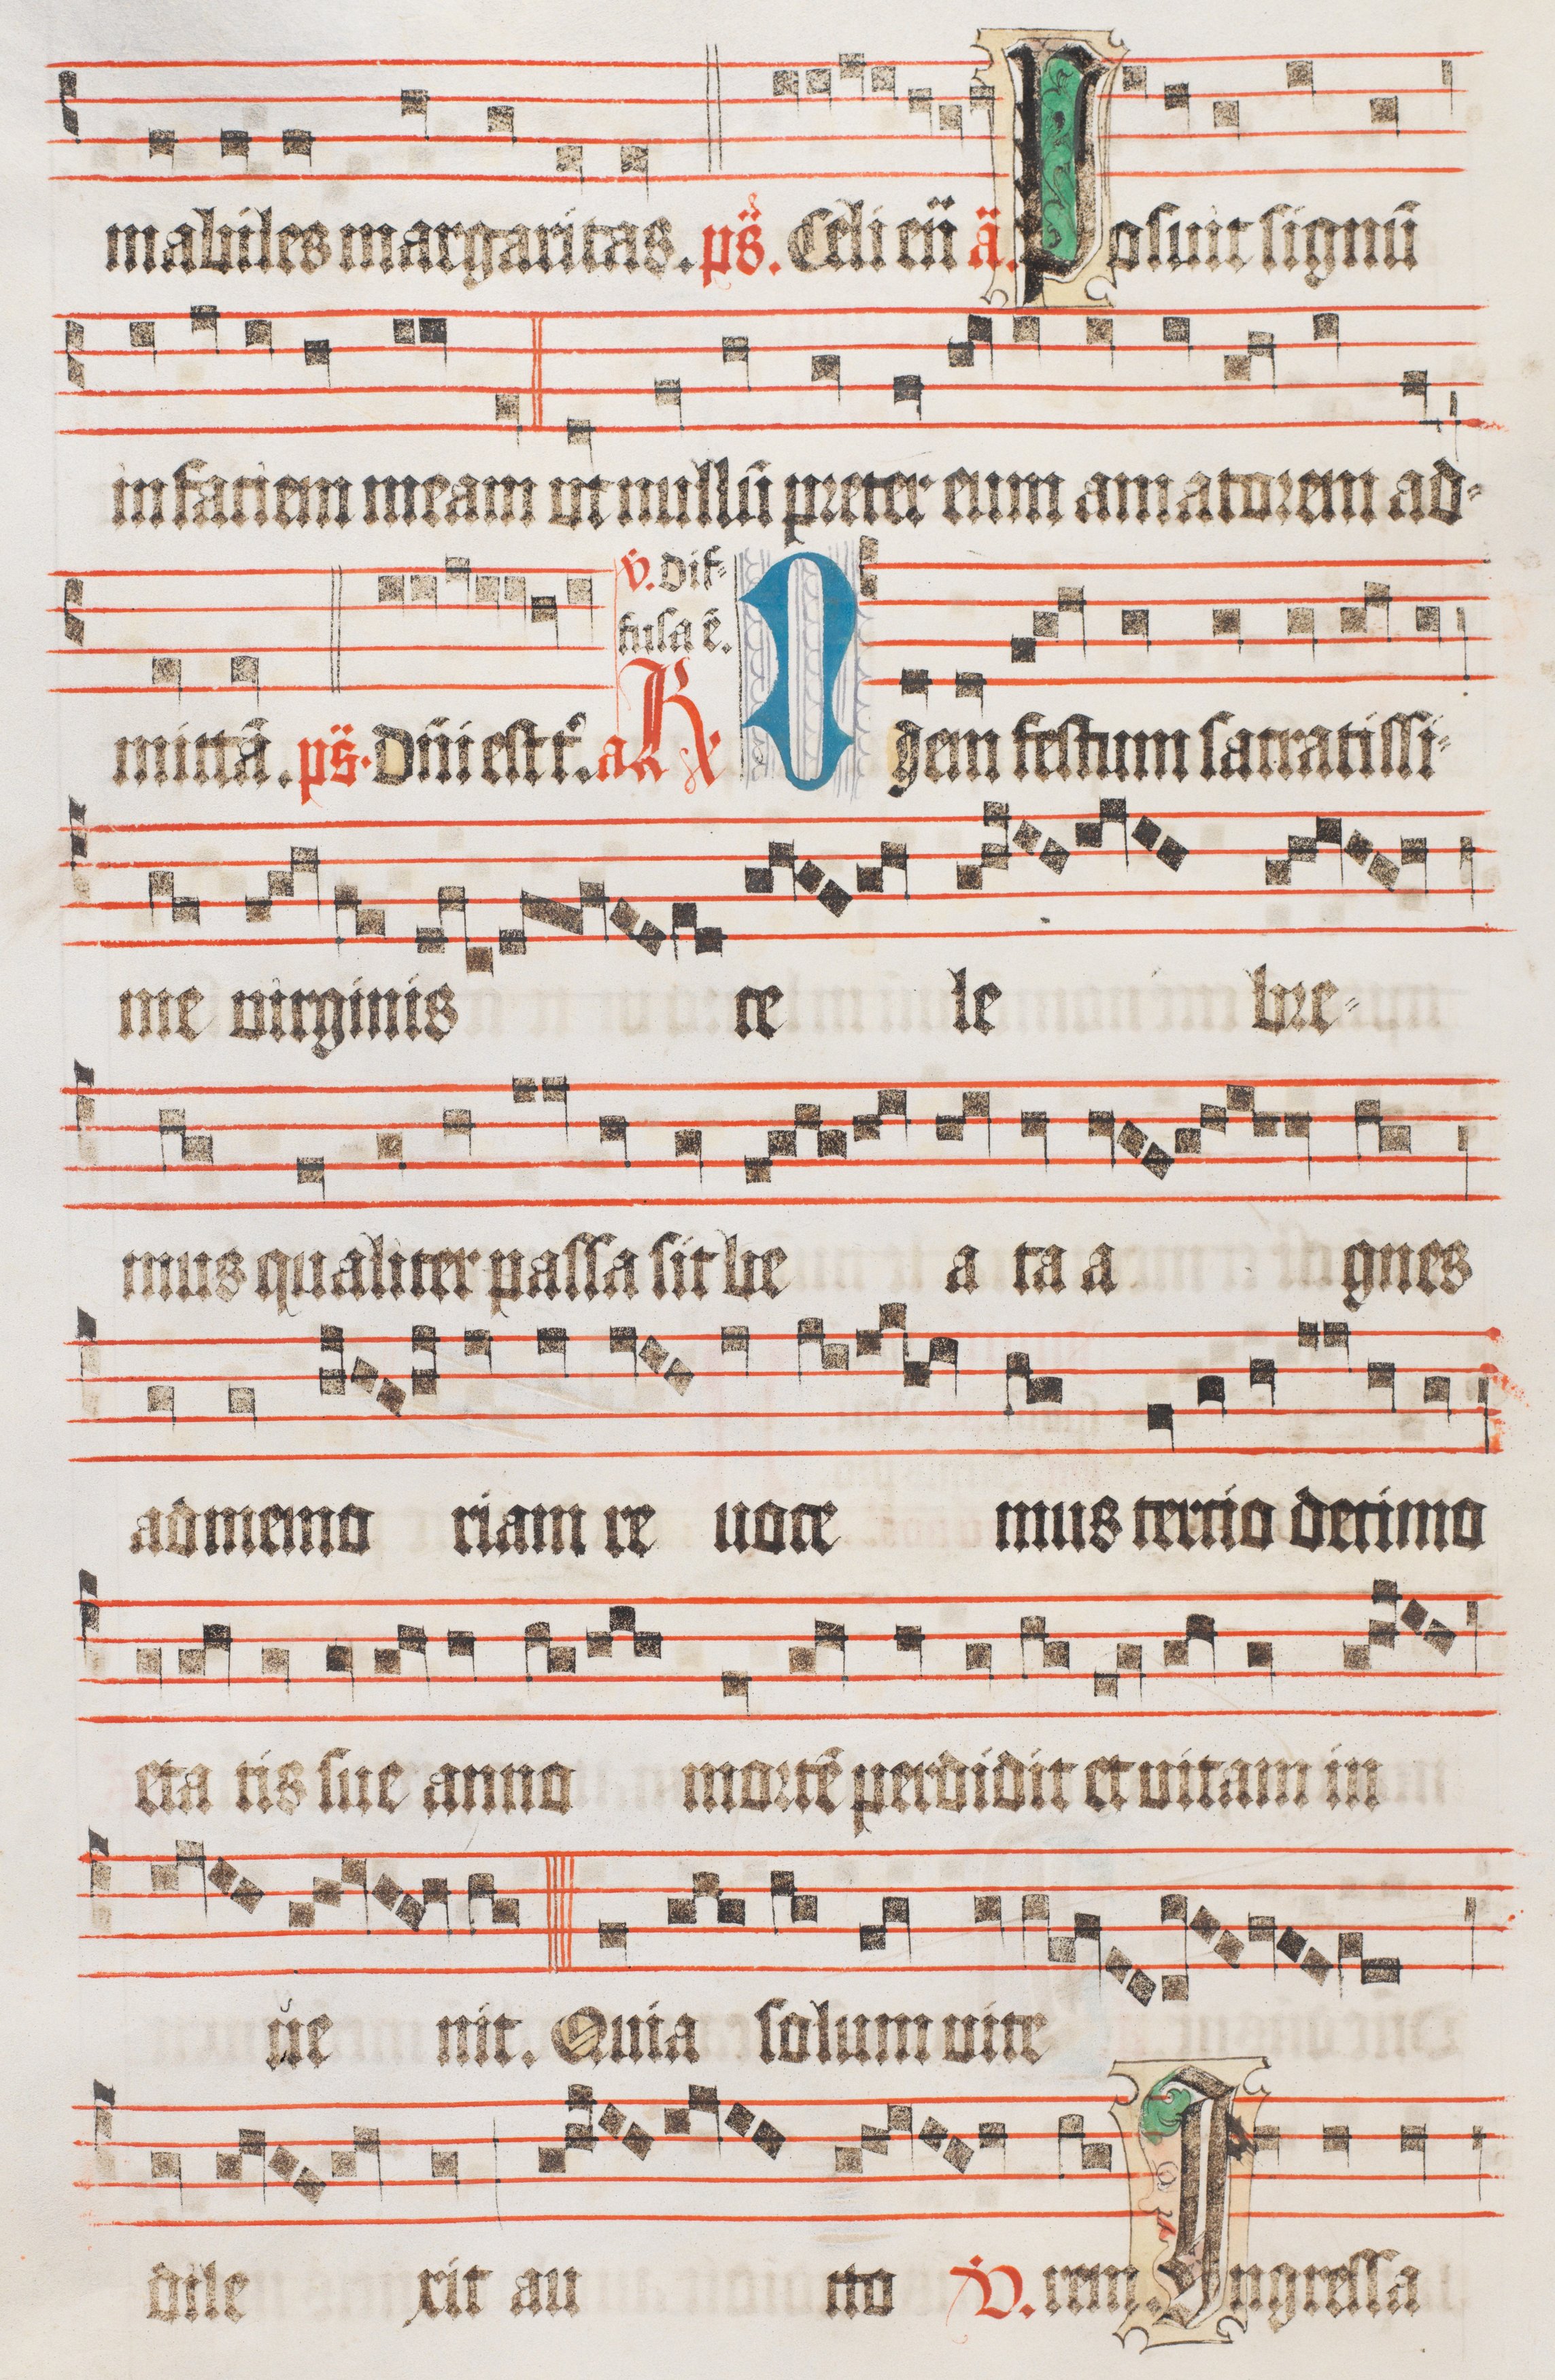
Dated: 1510–1517